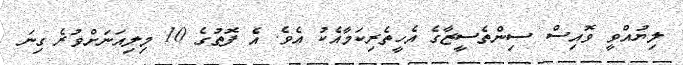
ލިޔުއްވީ ވޮއިސް ސިންތެސީޒާގެ އެހީތެރިކަމާއެކު އެވެ. އެ ފޮތުގެ 10 މިލިއަނަށްވުރެ ގިނަ